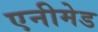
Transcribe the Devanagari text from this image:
एनीमेड